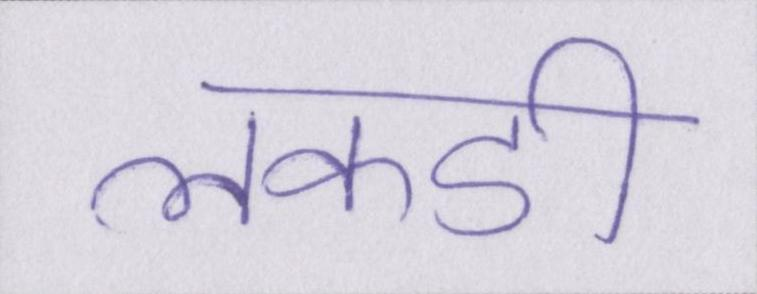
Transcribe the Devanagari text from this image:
लकडी